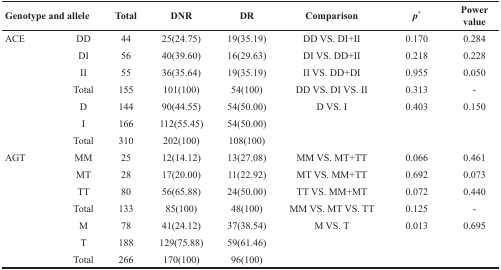
<table><thead><tr><td colspan="2"><b>Genotype and allele</b></td><td><b>Total</b></td><td><b>DNR</b></td><td><b>DR</b></td><td><b>Comparison</b></td><td><b><i>p</i><sup>*</sup></b></td><td><b>Power value</b></td></tr></thead><tbody><tr><td>ACE</td><td>DD</td><td>44</td><td>25(24.75)</td><td>19(35.19)</td><td>DD VS. DI+II</td><td>0.170</td><td>0.284</td></tr><tr><td></td><td>DI</td><td>56</td><td>40(39.60)</td><td>16(29.63)</td><td>DI VS. DD+II</td><td>0.218</td><td>0.228</td></tr><tr><td></td><td>II</td><td>55</td><td>36(35.64)</td><td>19(35.19)</td><td>II VS. DD+DI</td><td>0.955</td><td>0.050</td></tr><tr><td></td><td>Total</td><td>155</td><td>101(100)</td><td>54(100)</td><td>DD VS. DI VS. II</td><td>0.313</td><td>-</td></tr><tr><td></td><td>D</td><td>144</td><td>90(44.55)</td><td>54(50.00)</td><td>D VS. I</td><td>0.403</td><td>0.150</td></tr><tr><td></td><td>I</td><td>166</td><td>112(55.45)</td><td>54(50.00)</td><td></td><td></td><td></td></tr><tr><td></td><td>Total</td><td>310</td><td>202(100)</td><td>108(100)</td><td></td><td></td><td></td></tr><tr><td>AGT</td><td>MM</td><td>25</td><td>12(14.12)</td><td>13(27.08)</td><td>MM VS. MT+TT</td><td>0.066</td><td>0.461</td></tr><tr><td></td><td>MT</td><td>28</td><td>17(20.00)</td><td>11(22.92)</td><td>MT VS. MM+TT</td><td>0.692</td><td>0.073</td></tr><tr><td></td><td>TT</td><td>80</td><td>56(65.88)</td><td>24(50.00)</td><td>TT VS. MM+MT</td><td>0.072</td><td>0.440</td></tr><tr><td></td><td>Total</td><td>133</td><td>85(100)</td><td>48(100)</td><td>MM VS. MT VS. TT</td><td>0.125</td><td>-</td></tr><tr><td></td><td>M</td><td>78</td><td>41(24.12)</td><td>37(38.54)</td><td>M VS. T</td><td>0.013</td><td>0.695</td></tr><tr><td></td><td>T</td><td>188</td><td>129(75.88)</td><td>59(61.46)</td><td></td><td></td><td></td></tr><tr><td></td><td>Total</td><td>266</td><td>170(100)</td><td>96(100)</td><td></td><td></td><td></td></tr></tbody></table>